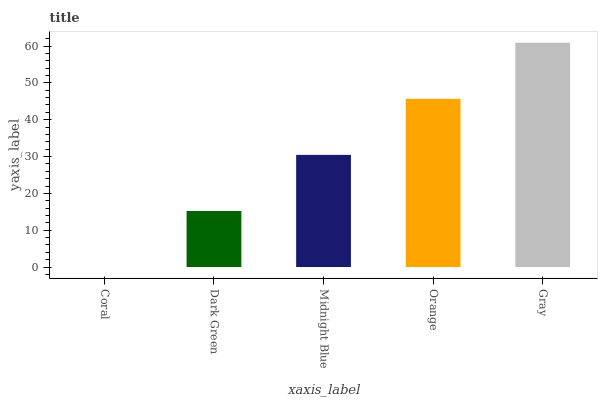
| xaxis_label | bars |
 | --- | --- |
 | Coral | 0 |
 | Dark Green | 15.2 |
 | Midnight Blue | 30.5 |
 | Orange | 45.7 |
 | Gray | 60.9 |